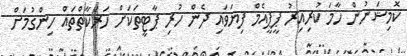
ކޮމިޝަނުން ހާމަ ކުރިއިރު ޕީޕީއެމް ފިޔަވައި ދެން ހުރި ޕާޓީތަކަށް ހަރަކާތްތައް ހިންގުމަށް